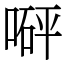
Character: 𠹶